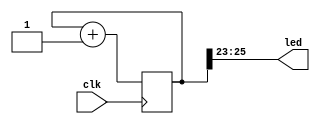
module top(input clk, output [1:3] led);

// Cycles the leds (it uses a counter to reduce the clock speed to a viewable speed)
// Each bit in the counter is 1/2 the hertz of the previous one
// So if the base clock speed is 100mhz (1e+8hz) the speed at pin 26 is 1.49hz ( 1e+8hz / 2^(25+1) ) (25 + 1 since pin 0 we start from zero)
// 26 bit counter
reg[25:0] counter;
assign led = counter[23:25];
always @(posedge clk) begin
	counter <= counter + 1;
end

endmodule